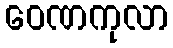
ဝေဏကုလာ